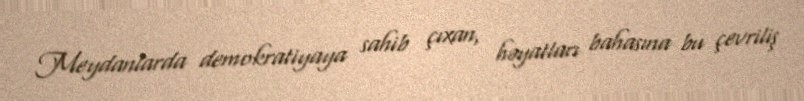
Meydanlarda demokratiyaya sahib çıxan, həyatları bahasına bu çevriliş